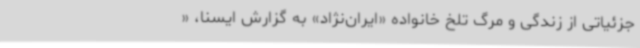
جزئیاتی از زندگی و مرگ تلخ خانواده «ایران‌نژاد» به گزارش ایسنا، «